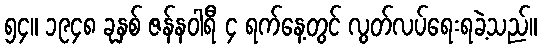
၅၄။ ၁၉၄၈ ခုနှစ် ဇန်နဝါရီ ၄ ရက်နေ့တွင် လွတ်လပ်ရေးရခဲ့သည်။